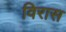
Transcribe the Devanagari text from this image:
विरास